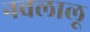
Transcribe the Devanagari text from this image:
नवलालू